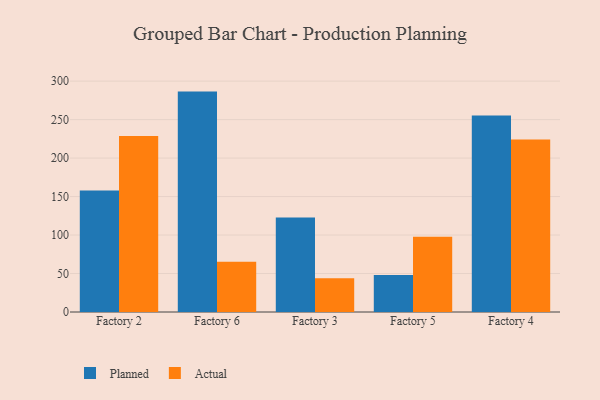
{"axis": {"x": "Factory", "y": "Website Visitors"}, "legend": ["Actual", "Planned"], "data": [{"x": "Factory 2", "y": 157.8, "type": "Planned"}, {"x": "Factory 2", "y": 228.7, "type": "Actual"}, {"x": "Factory 6", "y": 286.4, "type": "Planned"}, {"x": "Factory 6", "y": 65.4, "type": "Actual"}, {"x": "Factory 3", "y": 122.8, "type": "Planned"}, {"x": "Factory 3", "y": 44.0, "type": "Actual"}, {"x": "Factory 5", "y": 48.1, "type": "Planned"}, {"x": "Factory 5", "y": 97.8, "type": "Actual"}, {"x": "Factory 4", "y": 255.2, "type": "Planned"}, {"x": "Factory 4", "y": 224.1, "type": "Actual"}]}